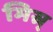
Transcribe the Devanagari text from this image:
मिस्र्